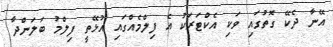
އޭނާ ދެކޭ ގޮތުގައި ވަކި އެކްޓަރަކު އެ ފިލްމެއްގައި އުޅޭތީ ފިލްމު ބަލަންދާ